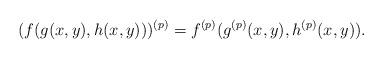
LaTeX: \begin{align*}(f(g(x,y),h(x,y)))^{(p)} = f^{(p)}(g^{(p)}(x,y),h^{(p)}(x,y)).\end{align*}